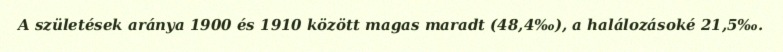
A születések aránya 1900 és 1910 között magas maradt (48,4‰), a halálozásoké 21,5‰.